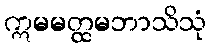
ဣမမတ္ထမဘာသိသုံ